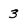
Character: 3